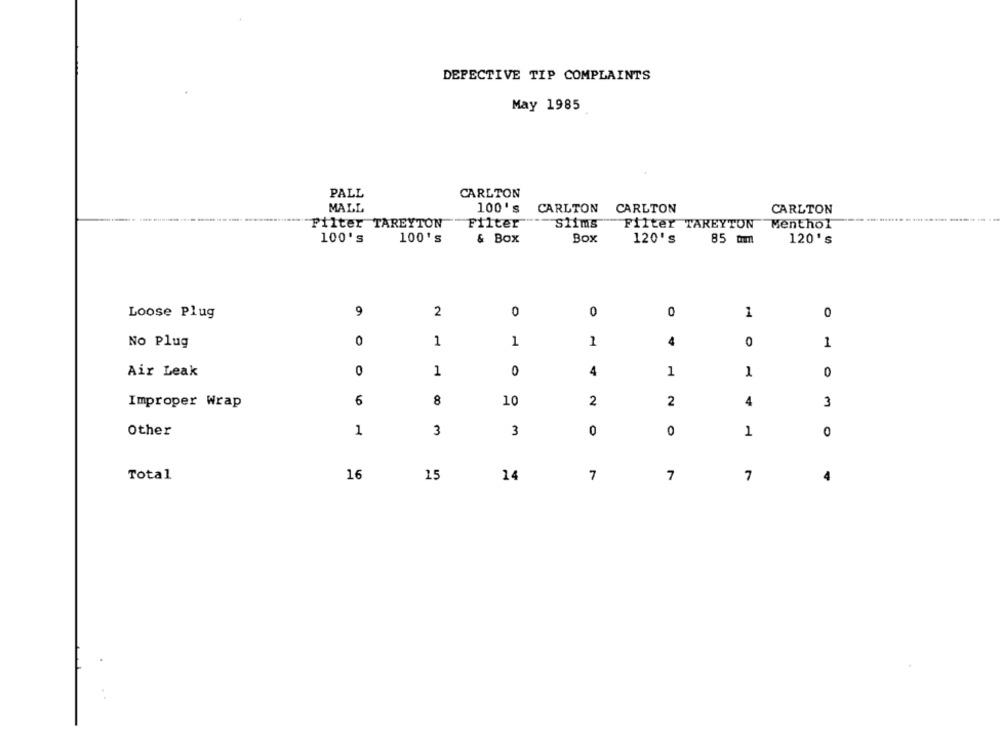
DEFECTIVE TIP COMPLAINTS
May 1985
PALL
CARLTON
MALL
100's
CARLTON
CARLTON
CARLTON
Filter TAREYTON
Filter
Slims
Filter TAREYTON
Menthol
100's
100's
& Box
Box
120's
85 mm
120's
Loose Plug
9
2
0
0
0
1
0
No Plug
0
1
1
1
4
0
1
Air Leak
0
1
0
4
1
1
0
Improper Wrap
6
8
10
2
2
4
3
Other
1
3
3
0
0
1
0
Total
16
15
14
7
7
7
4